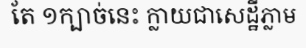
តែ ១ក្បាច់នេះ ក្លាយជាសេដ្ឋីភ្លាម